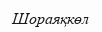
Шораяқкөл